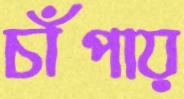
চাঁপায়